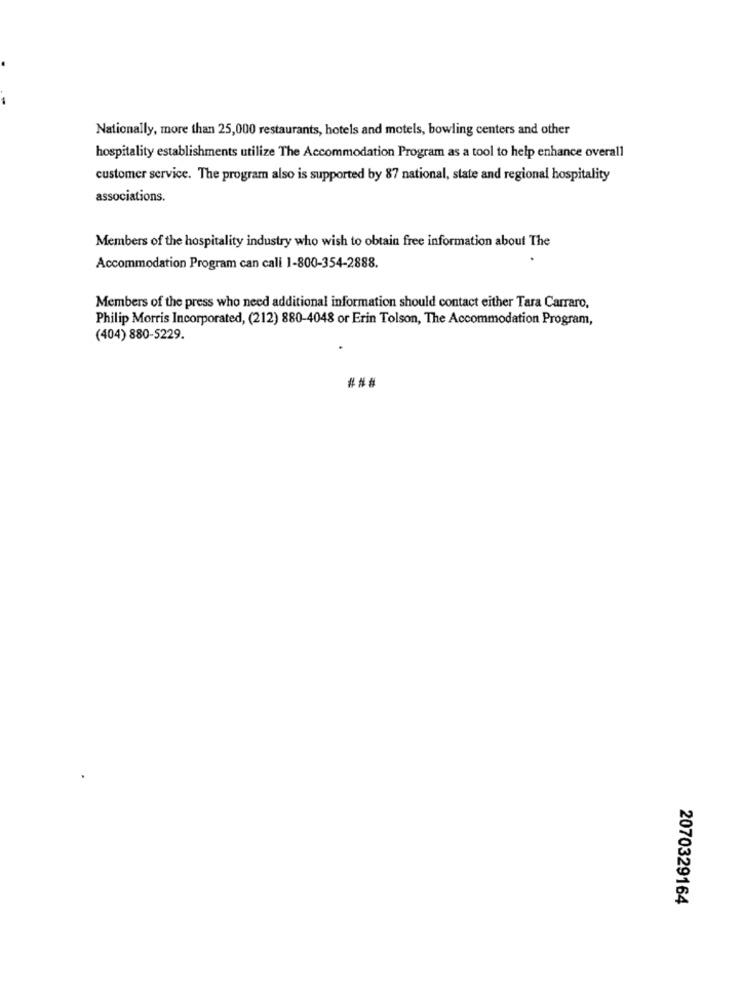
Nationally, more than 25,000 restaurants, hotels and motels, bowling centers and other
hospitality establishments utilize The Accommodation Program as a tool to help enhance overall
customer service. The program also is supported by 87 national, state and regional hospitality
associations.
Members of the hospitality industry who wish to obtain free information about The
Accommodation Program can call 1-800-354-2888.
Members of the press who need additional information should contact either Tara Carraro.
Philip Morris Incorporated, (212) 880-4048 or Erin Tolson, The Accommodation Program,
(404) 880-5229.
###
2070329164